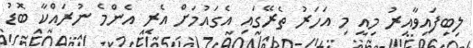
ލިބިފައިވާއިރު މިއީ މި އަހަރު ތެރޭގައި އެގައުމަށް އެރި އެންމެ ނުރައްކާ ބޮޑު